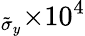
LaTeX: _{\tilde{\sigma}_{y}}{\times 10^{4}}